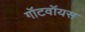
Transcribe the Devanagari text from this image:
गॉटवॉयस